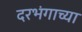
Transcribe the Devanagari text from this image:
दरभंगाच्या